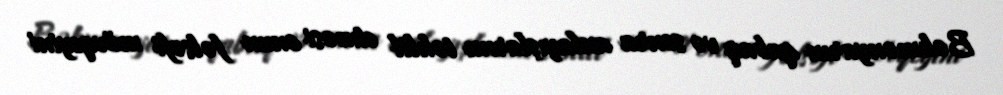
Bəhmənyarın qabaq və sonra anlayışlarını təhlil etməsi onun fəlsəfi mövqeyini